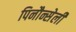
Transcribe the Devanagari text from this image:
पिनौन्सेली